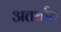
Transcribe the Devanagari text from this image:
अतर्थात